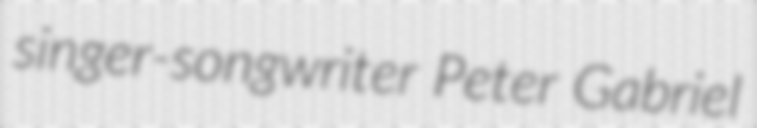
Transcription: singer-songwriter Peter Gabriel